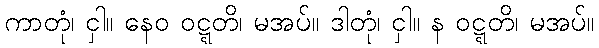
ကာတုံ၊ ငှါ။ နေဝ ဝဋ္ဋတိ၊ မအပ်။ ဒါတုံ၊ ငှါ။ န ဝဋ္ဋတိ၊ မအပ်။